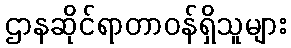
ဌာနဆိုင်ရာတာဝန်ရှိသူများ